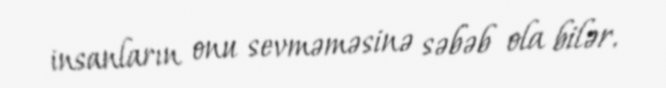
insanların onu sevməməsinə səbəb ola bilər.